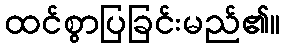
ထင်စွာပြခြင်းမည်၏။